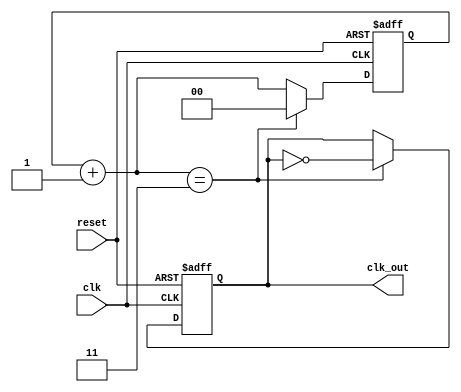
/*
                            Clock Divide by even number 2N

A clock Divide by 2N circuit has a clock as an input and it divides the clock input by 2N. So for 
example, if the frequency of the clock input is 50 MHz, and N = 5, the frequency of the output will 
be 5 MHz. In other words the time period of the outout clock will be 2N times time perioud of the 
clock input. 

To generate a clock frequency ny even number you only need to work on the rising edge of clock and 
hence the circuit is simplified and potentially free from the glitches that a clock divided by an 
odd number works. 

Problem - Write verilog code that has a clock and a reset as input. It has an output that can be 
called clk_out. The clk_out is also a clock that has a frequency that is 1/2N frequency of the 
input clock. It has synchronous reset and if there if the reset is 1, the outclock resets 
to 0. Write test bench to verify it. 
*/

module clk_div 
#( 
parameter WIDTH = 2, // Width of the register required
parameter N = 3// We will divide by 6 for example in this case
)
(clk,reset, clk_out);
 
input clk;
input reset;
output clk_out;
 
reg [WIDTH-1:0] r_reg;
wire [WIDTH-1:0] r_nxt;
reg clk_track;
 
always @(posedge clk or posedge reset)
 
begin
  if (reset)
     begin
        r_reg <= 0;
	clk_track <= 1'b0;
     end
 
  else if (r_nxt == N)
 	   begin
	     r_reg <= 0;
	     clk_track <= ~clk_track;
	   end
 
  else 
      r_reg <= r_nxt;
end
 
 assign r_nxt = r_reg+1;   	      
 assign clk_out = clk_track;
endmodule